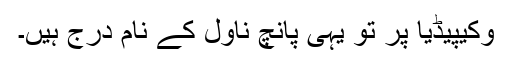
وکیپیڈیا پر تو یہی پانچ ناول کے نام درج ہیں۔